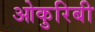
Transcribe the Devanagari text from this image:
ओकुरिबी